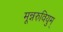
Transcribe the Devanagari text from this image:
मून्नरुवियुम्